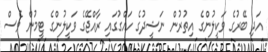
އަދި ބޭރުގެ ވަކީލުންގެ އިތުރުން ނަޝީދުގެ ހައްގުގައި ރާއްޖޭގެ ވަކީލުންގެ ޓީމުން ވެސް